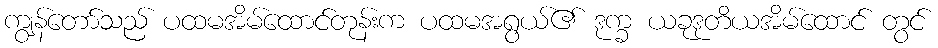
ကျွန်တော်သည် ပထမအိမ်ထောင်တုန်းက ပထမအရွယ်၏ ဒုက္ခ ယခုဒုတိယအိမ်ထောင် တွင်